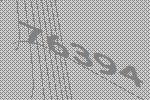
76394